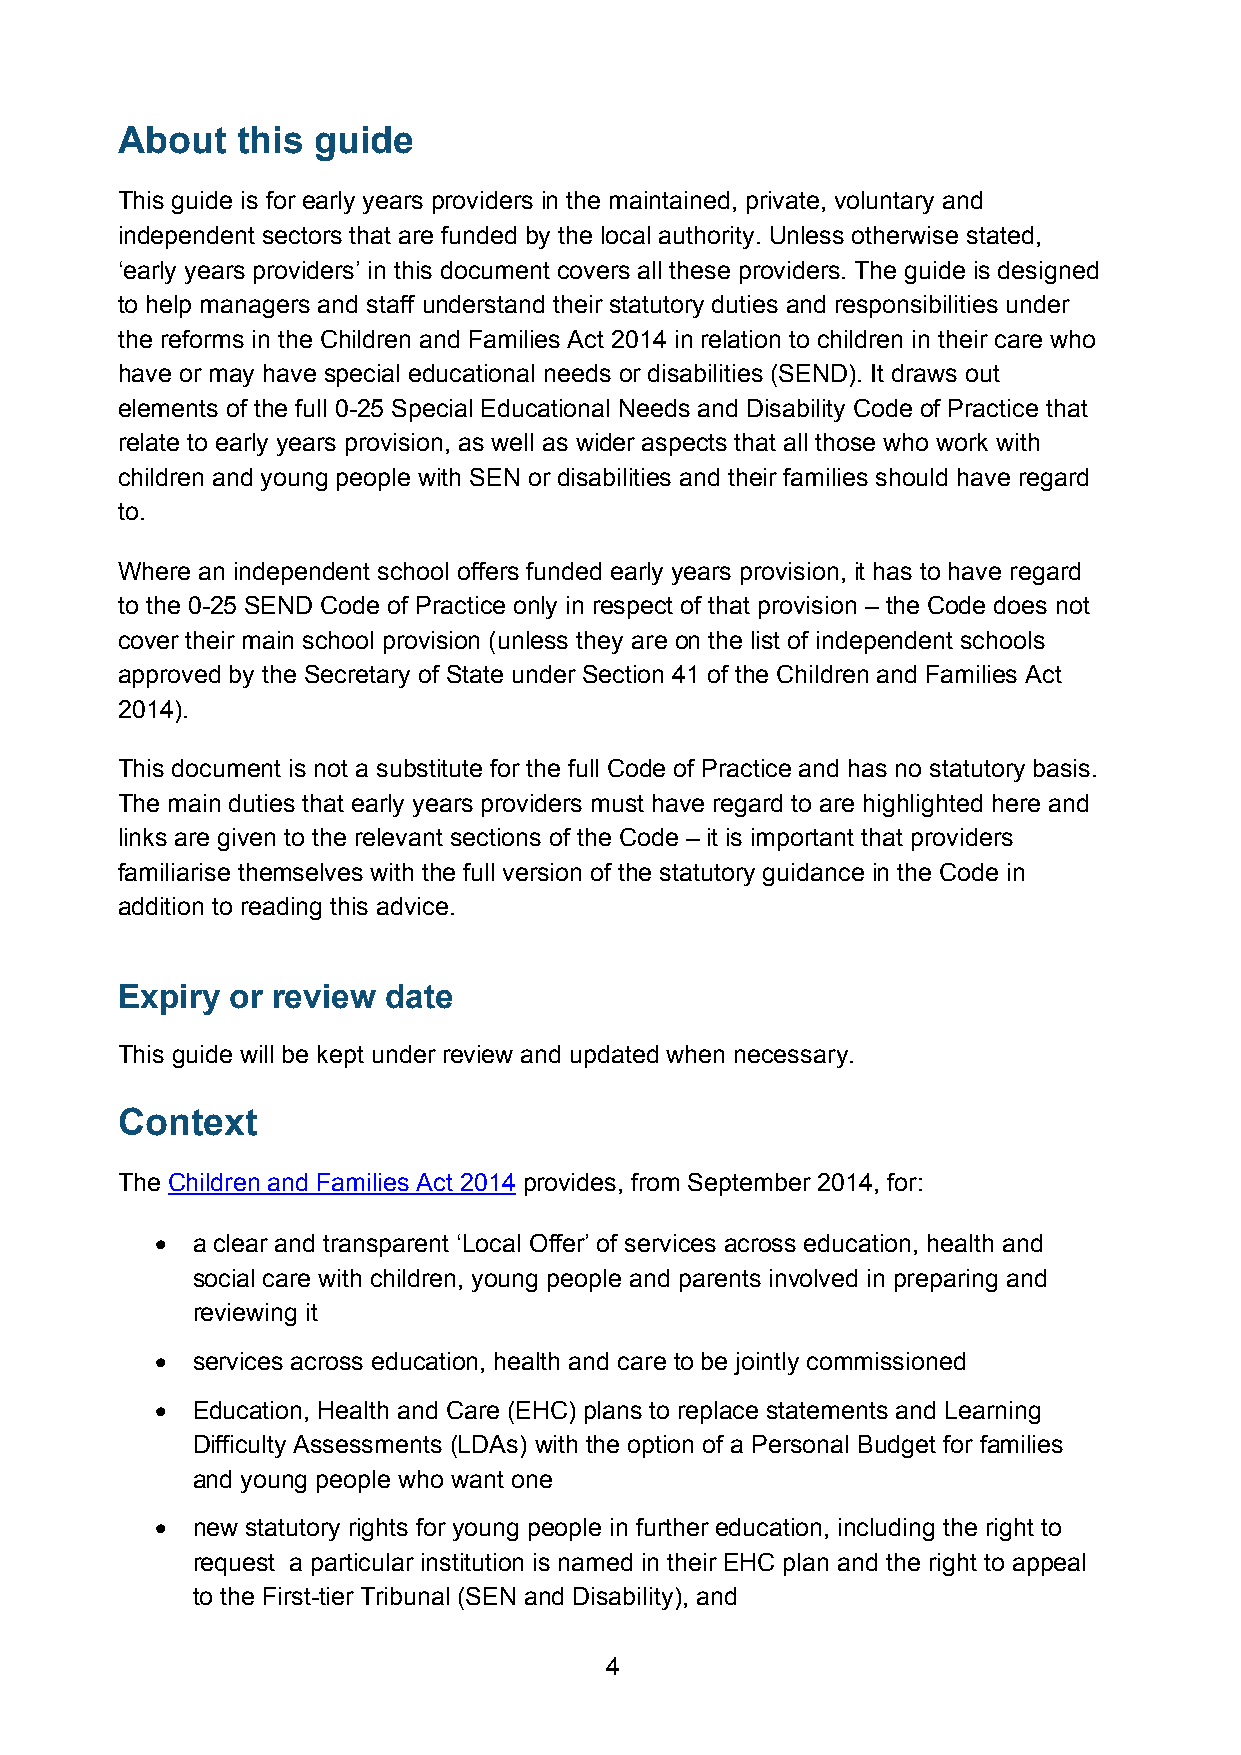
About   this guide
 This guide is for early years providers in the maintained, private, voluntary and
 independent sectors that are funded by the local authority. Unless otherwise stated,
 ‘early years providers’ in this document covers all these providers. The guide is designed
 to help managers and staff understand their statutory duties and responsibilities under
 the reforms in the Children and Families Act 2014 in relation to children in their care who
 have or may have special educational needs or disabilities (SEND). It draws out
 elements of the full 0-25 Special Educational Needs and Disability Code of Practice that
 relate to early years provision, as well as wider aspects that all those who work with
 children and young people with SEN or disabilities and their families should have regard
 to.
 Where an independent school offers funded early years provision, it has to have regard
 to the 0-25 SEND Code of Practice only in respect of that provision – the Code does not
 cover their main school provision (unless they are on the list of independent schools
 approved by the Secretary of State under Section 41 of the Children and Families Act
 2014).
 This document is not a substitute for the full Code of Practice and has no statutory basis.
 The main duties that early years providers must have regard to are highlighted here and
 links are given to the relevant sections of the Code – it is important that providers
 familiarise themselves with the full version of the statutory guidance in the Code in
 addition to reading this advice.
 Expiry or review date
 This guide will be kept under review and updated when necessary.
 Context
 The Children and Families Act 2014 provides, from September 2014, for:
 •  a clear and transparent ‘Local Offer’ of services across education, health and
 social care with children, young people and parents involved in preparing and
 reviewing it
 •  services across education, health and care to be jointly commissioned
 •  Education, Health and Care (EHC) plans to replace statements and Learning
 Difficulty Assessments (LDAs) with the option of a Personal Budget for families
 and young people who want one
 •  new statutory rights for young people in further education, including the right to
 request a particular institution is named in their EHC plan and the right to appeal
 to the First-tier Tribunal (SEN and Disability), and
 4